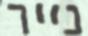
נייר